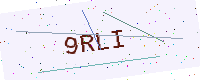
Text: 9RLI